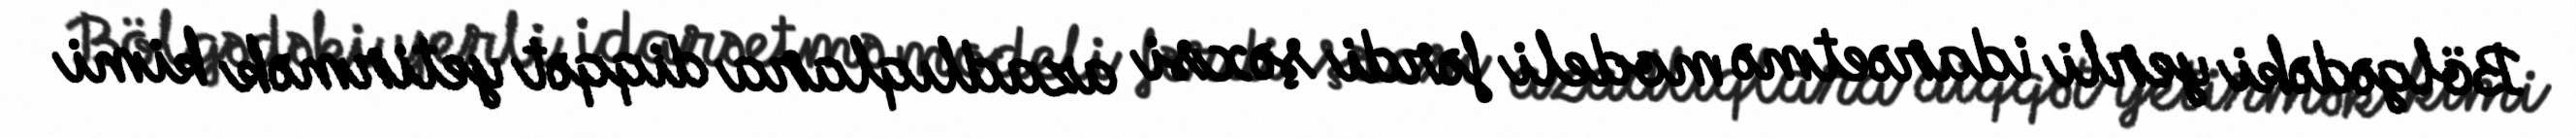
Bölgədəki yerli idarəetmə modeli fərdi şəxsi azadlıqlara diqqət yetirmək kimi